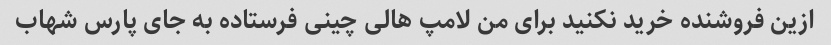
ازین فروشنده خرید نکنید برای من لامپ هالی چینی فرستاده به جای پارس شهاب